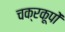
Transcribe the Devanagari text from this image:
चक्रकूपों